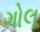
ગોલ